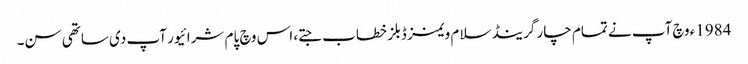
1984ء وچ آپ نے تمام چار گرینڈ سلام ویمنز ڈبلز خطاب جتے، اس وچ پام شرائیور آپ د‏‏ی ساتھی سن۔